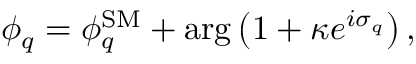
\phi _ { q } = \phi _ { q } ^ { \mathrm { S M } } + \arg \left( 1 + \kappa e ^ { i \sigma _ { q } } \right) ,